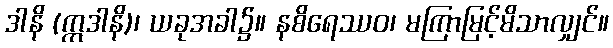
ဒါနိ (ဣဒါနိ)၊ ယခုအခါ၌။ နစိရေဿဝ၊ မကြာမြင့်မိသာလျှင်။